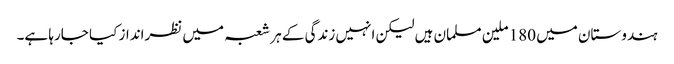
ہندوستان میں 180 ملین مسلمان ہیں لیکن انہیں زندگی کے ہر شعبہ میں نظرانداز کیا جارہا ہے۔